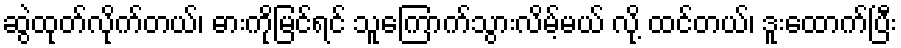
ဆွဲထုတ်လိုက်တယ်၊ ဓားကိုမြင်ရင် သူကြောက်သွားလိမ့်မယ် လို့ ထင်တယ်၊ ဒူးထောက်ပြီး